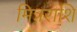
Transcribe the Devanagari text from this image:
मित्रराशि